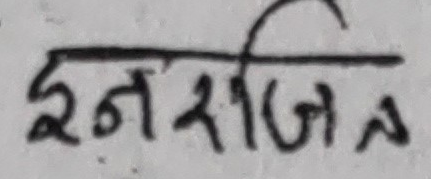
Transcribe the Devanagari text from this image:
इनर्जिट